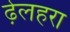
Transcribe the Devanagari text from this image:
ढ़ेलहरा